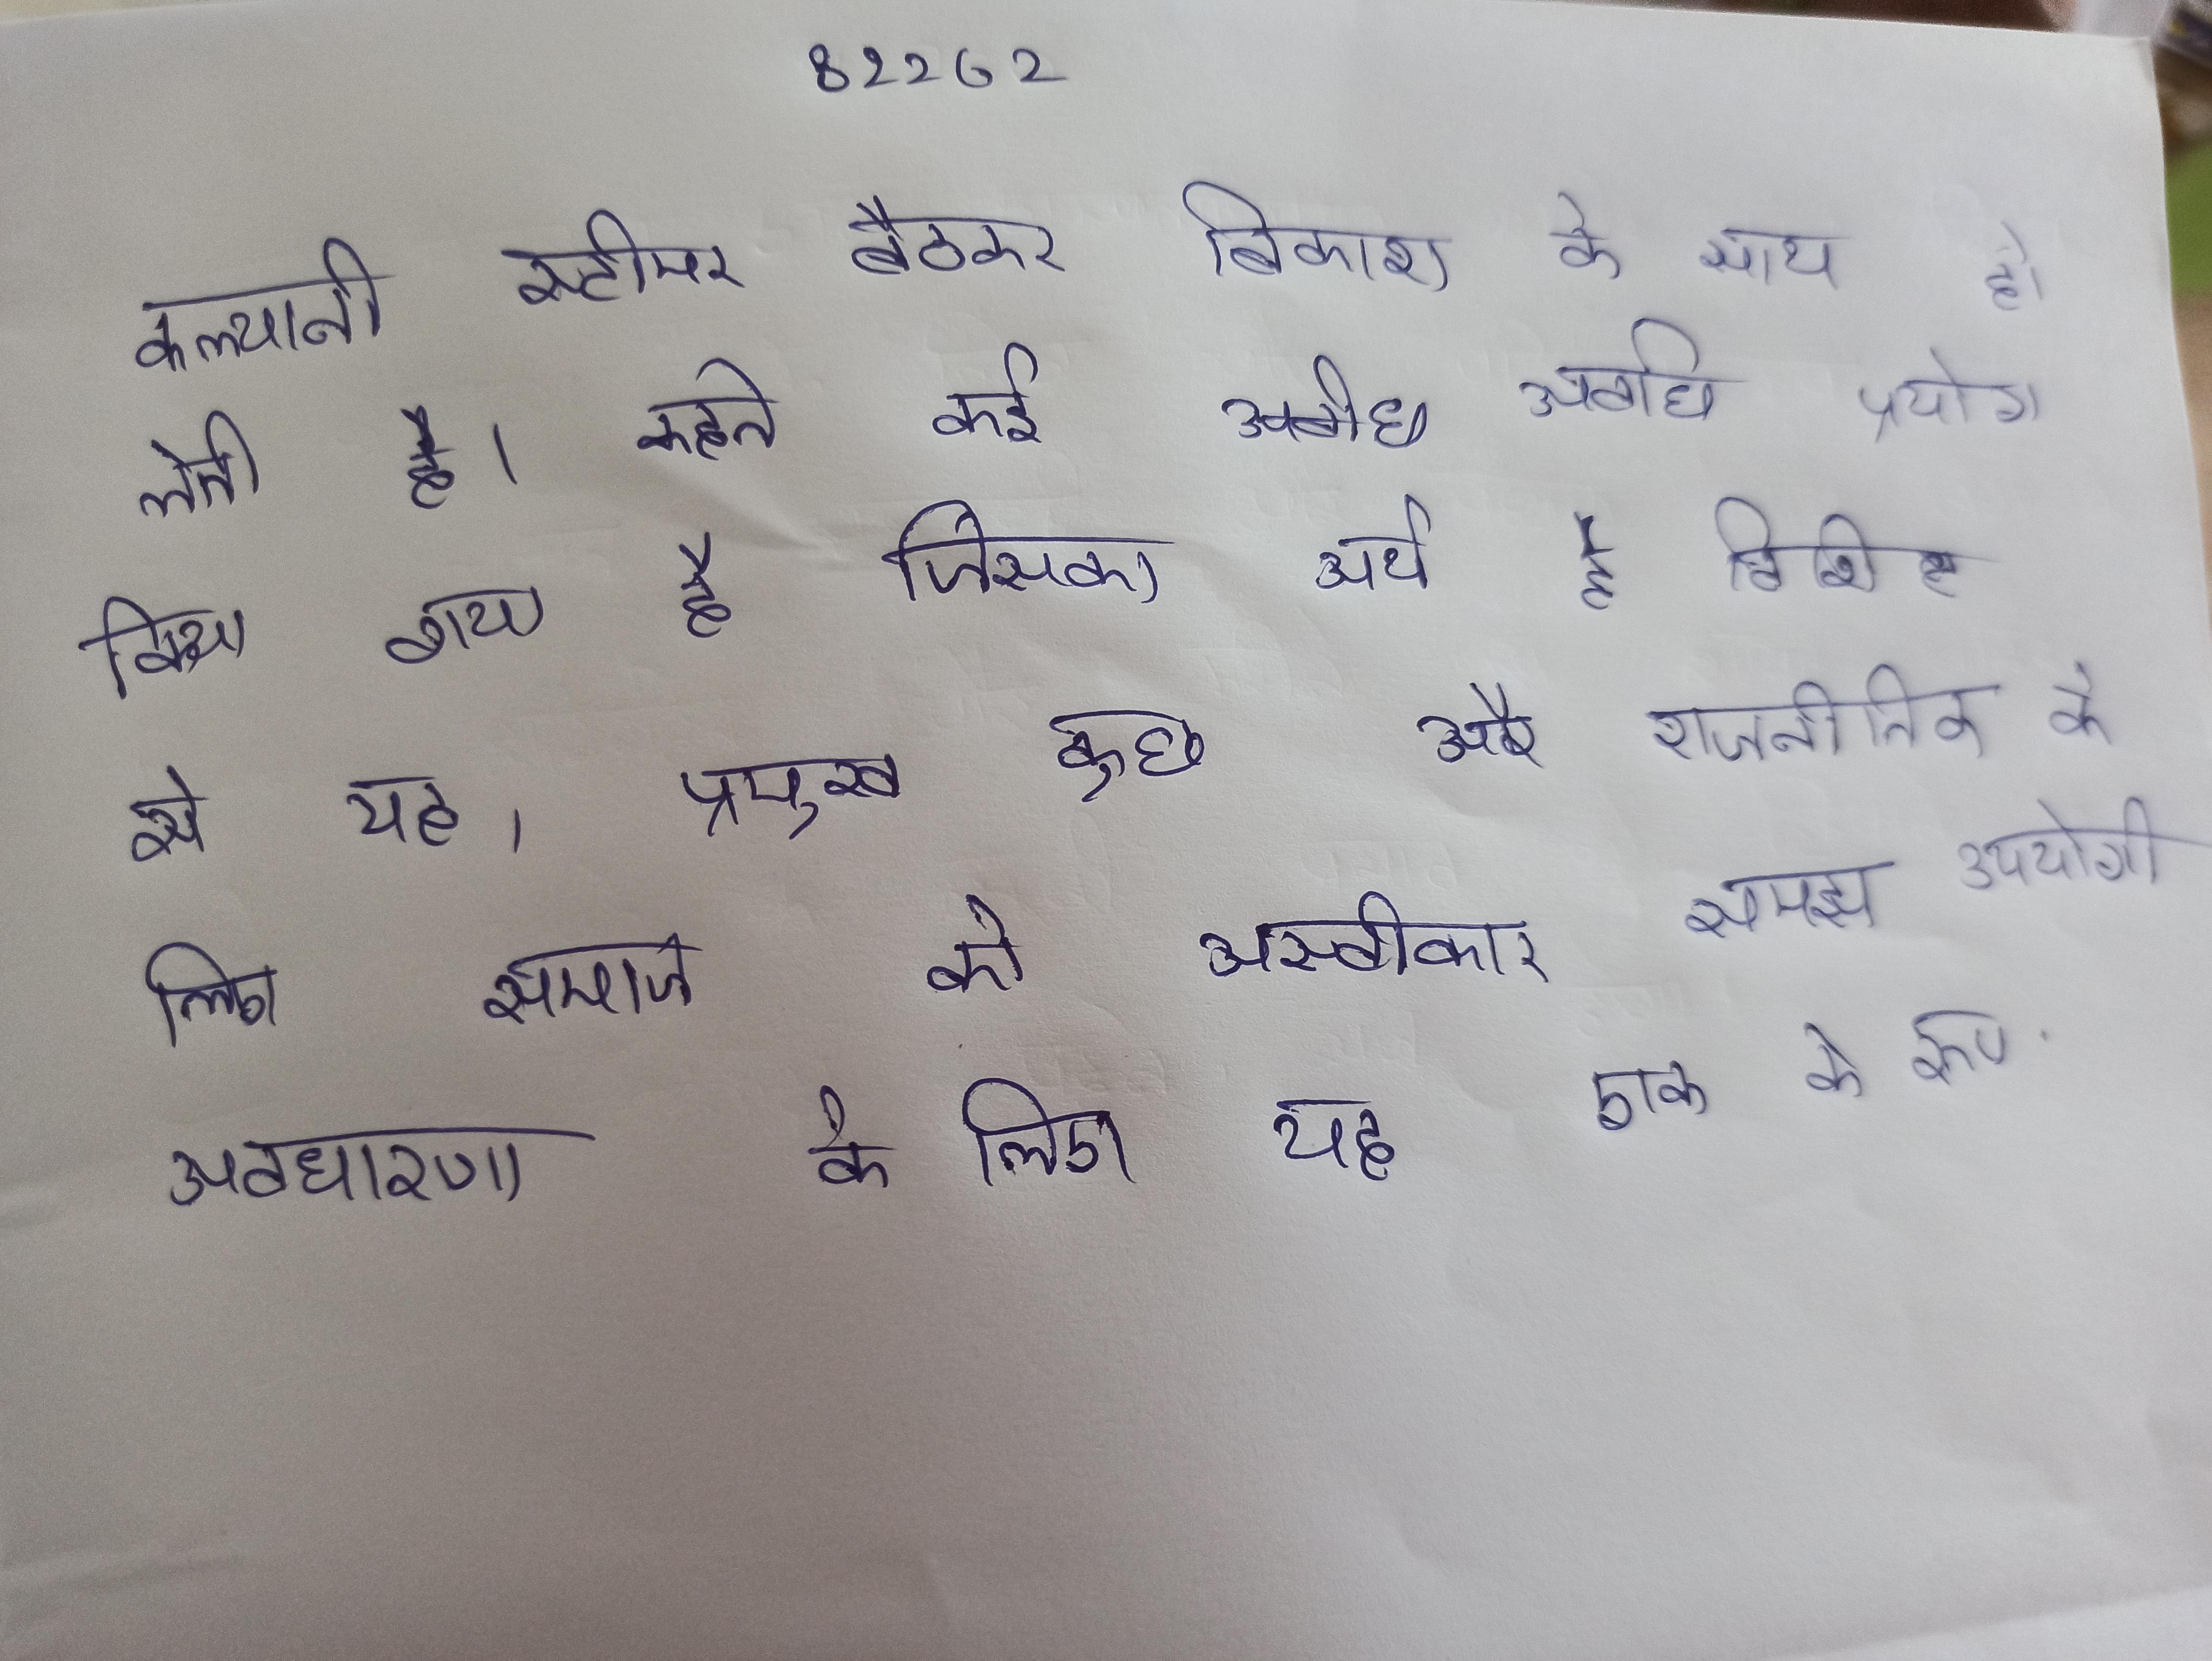
कल्यानी स्टीमर बैठकर बिकाश के साथ हो लेती है । कहते कई अवधि प्रयोग किया गया है जिसका अर्थ है विशिष्ट से यह, प्रमुख कुछ और राजनीतिक के लिए समाज को अस्वीकार समझ उपयोगी अवधारणा के लिए यह एक के रूप .